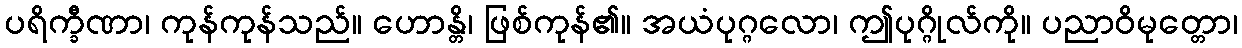
ပရိက္ခီဏာ၊ ကုန်ကုန်သည်။ ဟောန္တိ၊ ဖြစ်ကုန်၏။ အယံပုဂ္ဂလော၊ ဤပုဂ္ဂိုလ်ကို။ ပညာဝိမုတ္တော၊